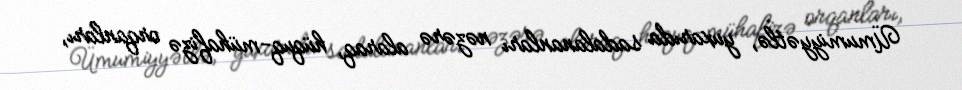
Ümumiyyətlə, yuxarıda sadalananları nəzərə alaraq, hüquq-mühafizə orqanları,